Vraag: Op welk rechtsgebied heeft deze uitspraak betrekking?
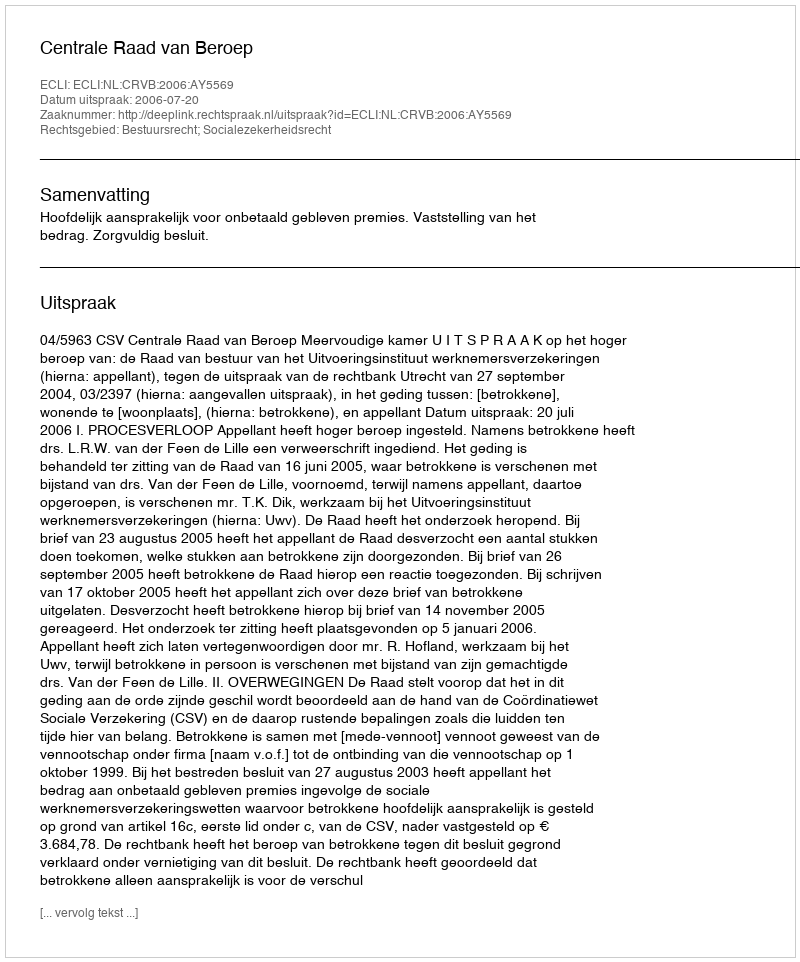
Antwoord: Bestuursrecht; Socialezekerheidsrecht